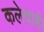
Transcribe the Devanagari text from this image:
कलेचाही